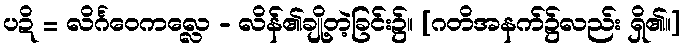
ပဍိ = လိင်္ဂဝေကလ္လေ - လိန်၏ချို့တဲ့ခြင်း၌။ [ဂတိအနက်၌လည်း ရှိ၏။]